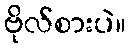
ဗိုလ်စားပဲ။